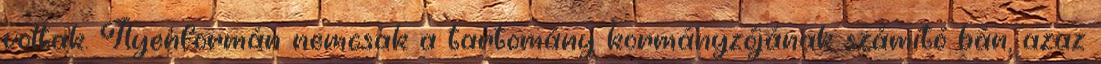
voltak. Ilyenformán nemcsak a tartomány kormányzójának számító bán, azaz